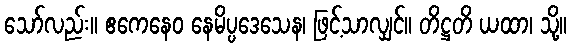
သော်လည်း။ ဧကေနေဝ နေမိပ္ပဒေသေန၊ ဖြင့်သာလျှင်။ တိဋ္ဌတိ ယထာ၊ သို့။